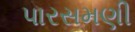
પારસમણી